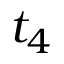
t _ { 4 }